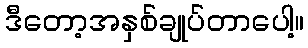
ဒီတော့အနှစ်ချုပ်တာပေါ့။